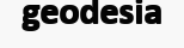
geodesia